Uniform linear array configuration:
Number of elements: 24
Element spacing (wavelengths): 0.75
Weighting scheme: cosine
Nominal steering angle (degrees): -30
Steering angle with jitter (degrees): -30.826
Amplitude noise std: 0.05
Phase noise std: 0.05

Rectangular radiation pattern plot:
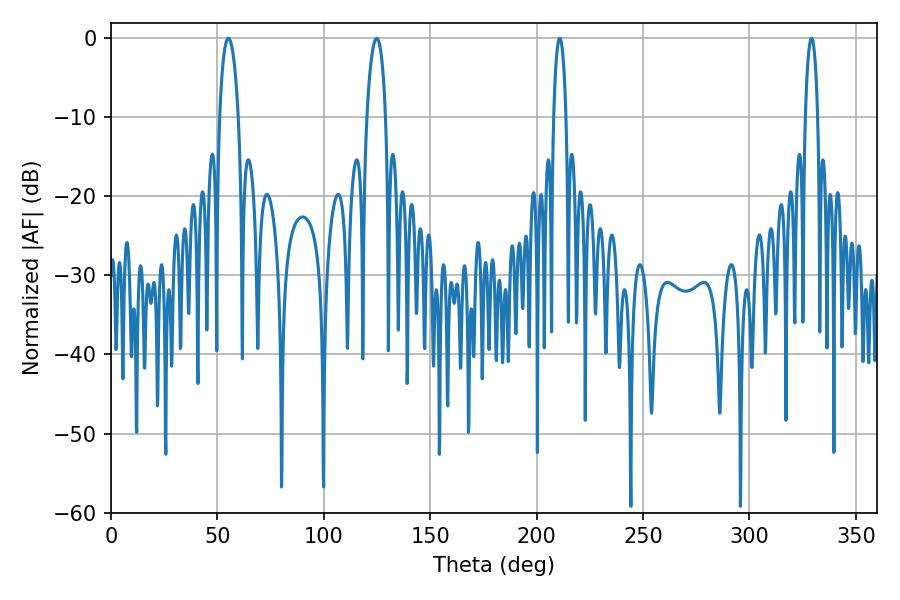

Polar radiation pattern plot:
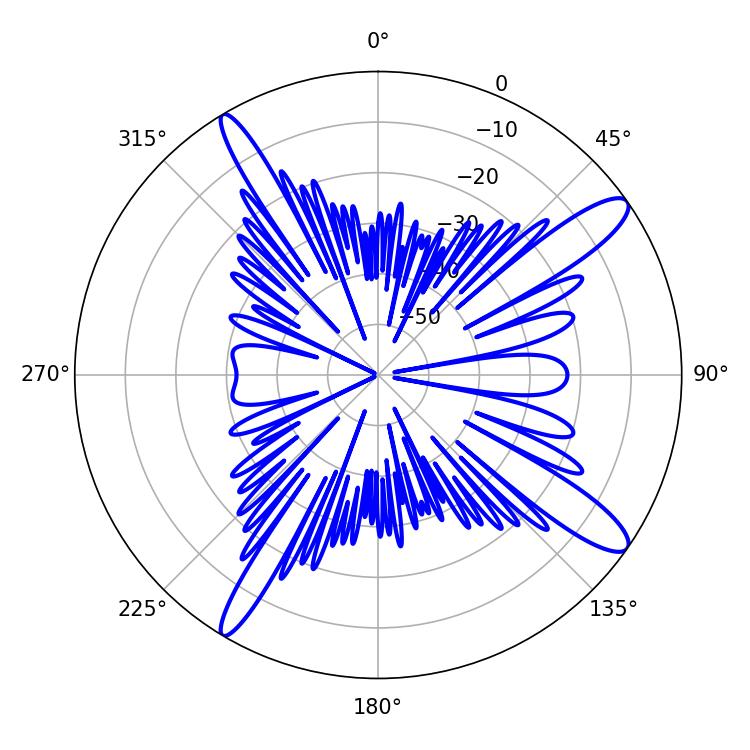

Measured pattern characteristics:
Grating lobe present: TRUE
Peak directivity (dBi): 13.281
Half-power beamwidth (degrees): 5.04
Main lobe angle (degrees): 55.08